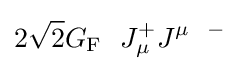
2{\sqrt {2}}G_{\rm {F}}~~J_{\mu }^{+}J^{\mu ~~-}